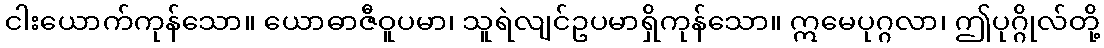
ငါးယောက်ကုန်သော။ ယောဓာဇီဝူပမာ၊ သူရဲလျင်ဥပမာရှိကုန်သော။ ဣမေပုဂ္ဂလာ၊ ဤပုဂ္ဂိုလ်တို့